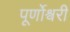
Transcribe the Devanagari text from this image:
पूर्णोश्वरी